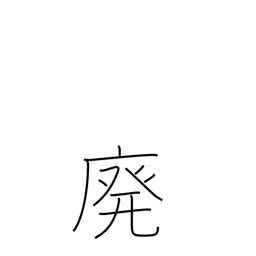
Meaning: abolish